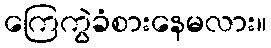
ကြေကွဲခံစားနေမလား။